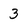
Character: 3